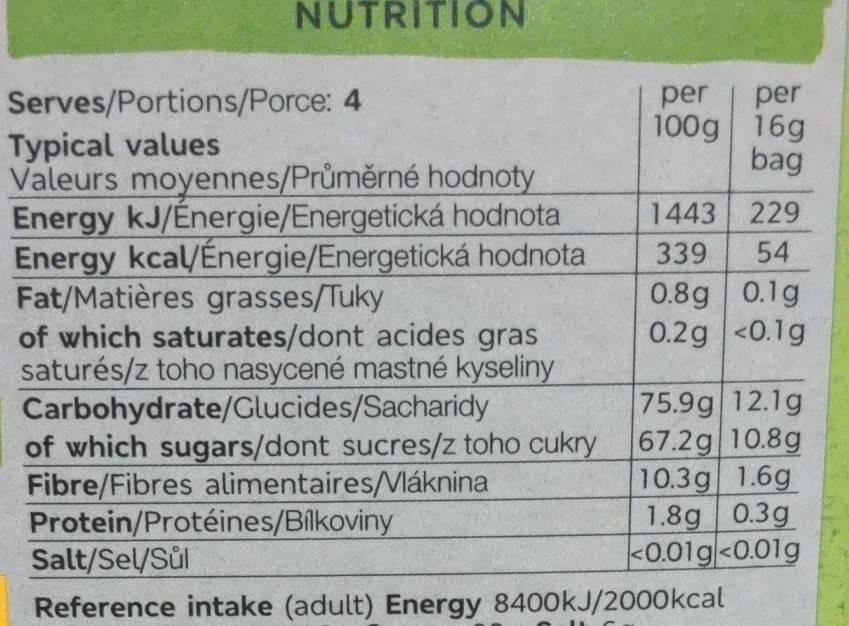
NUTRITION
Serves/Portions/Porce: 4
Typical values
Valeurs moyennes/Průměrné hodnoty Energy kJ/Energie/Energetická hodnota Energy kcal/Énergie/Energetická hodnota Fat/Matières grasses/Tuky
of which saturates/dont acides gras saturés/z toho nasycené mastné kyseliny Carbohydrate/Glucides/Sacharidy
of which sugars/dont sucres/z toho cukry Fibre/Fibres alimentaires/Vláknina
Protein/Protéines/Bílkoviny
per
per
100g 16g
bag
1443
229
339 54
0.8g 0.1g
0.2g <0.1g
75.9g 12.1g
67.2g 10.8g
10.3g 1.6g
1.8g 0.3g
<0.01g <0.01g
Salt/Sel/Sůl
Reference intake (adult) Energy 8400kJ/2000kcal